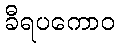
ခီရပကောဝ